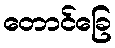
တောင်ခြေ